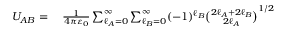
\begin{array} { r l } { U _ { A B } = { } } & { { } { \frac { 1 } { 4 \pi \varepsilon _ { 0 } } } \sum _ { \ell _ { A } = 0 } ^ { \infty } \sum _ { \ell _ { B } = 0 } ^ { \infty } ( - 1 ) ^ { \ell _ { B } } { \binom { 2 \ell _ { A } + 2 \ell _ { B } } { 2 \ell _ { A } } } ^ { 1 / 2 } } \end{array}